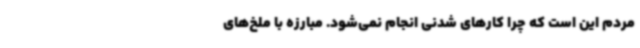
مردم این است که چرا کارهای شدنی انجام نمی‌شود. مبارزه با ملخ‌های